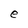
Character: e